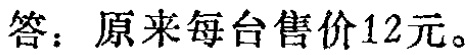
答：原来每台售价12元。